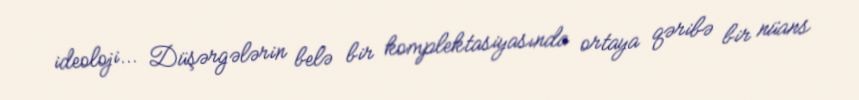
ideoloji... Düşərgələrin belə bir komplektasiyasında ortaya qəribə bir nüans